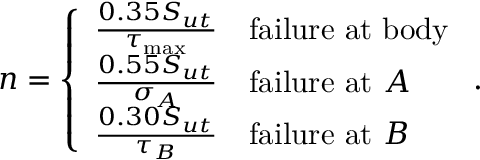
n = \left\{ \begin{array} { l l } { \frac { 0 . 3 5 S _ { u t } } { \tau _ { \mathrm { m a x } } } } & { \mathrm { f a i l u r e \ a t \ b o d y } } \\ { \frac { 0 . 5 5 S _ { u t } } { \sigma _ { A } } } & { \mathrm { f a i l u r e \ a t \ } A } \\ { \frac { 0 . 3 0 S _ { u t } } { \tau _ { B } } } & { \mathrm { f a i l u r e \ a t \ } B } \end{array} \right. .